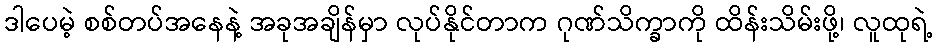
ဒါပေမဲ့ စစ်တပ်အနေနဲ့ အခုအချိန်မှာ လုပ်နိုင်တာက ဂုဏ်သိက္ခာကို ထိန်းသိမ်းဖို့၊ လူထုရဲ့